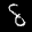
Label: 8